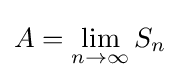
A=\lim _{n\to \infty }S_{n}